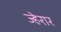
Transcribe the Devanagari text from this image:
ज्हेरार